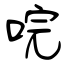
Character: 唍